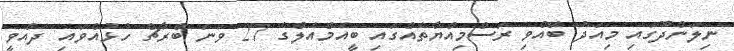
ނިލަންދޫގައި މިއަދު ބޭއްވި ރަސްމިއްޔާތެއްގައި ބީއެމްއެލްގެ 27 ވަނަ ބްރާޗް ހުޅުއްވައި ދެއްވީ